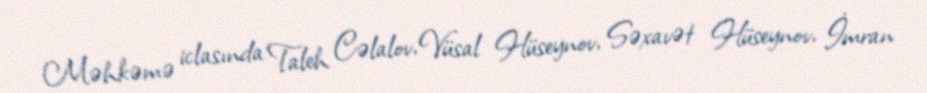
Məhkəmə iclasında Taleh Cəlalov, Vüsal Hüseynov, Səxavət Hüseynov, İmran